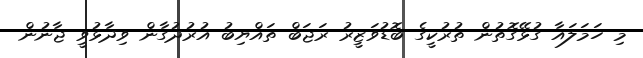
މި ހަމަލައާ ގުޅޭގޮތުން ތުރުކީގެ ބޮޑުވަޒީރު ރަޖަބް ތައްޔިބު އުރުދުގާން ވިދާޅުވީ ޖާނުން